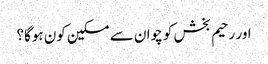
اور رحیم بخش کو چوان سے مسکین کون ہوگا؟